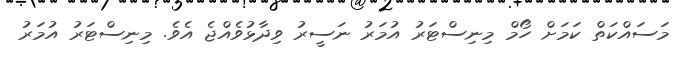
މަސައްކަތް ކަމަށް ހޯމް މިނިސްޓަރު އުމަރު ނަސީރު ވިދާޅުވެއްޖެ އެވެ. މިނިސްޓަރު އުމަރު